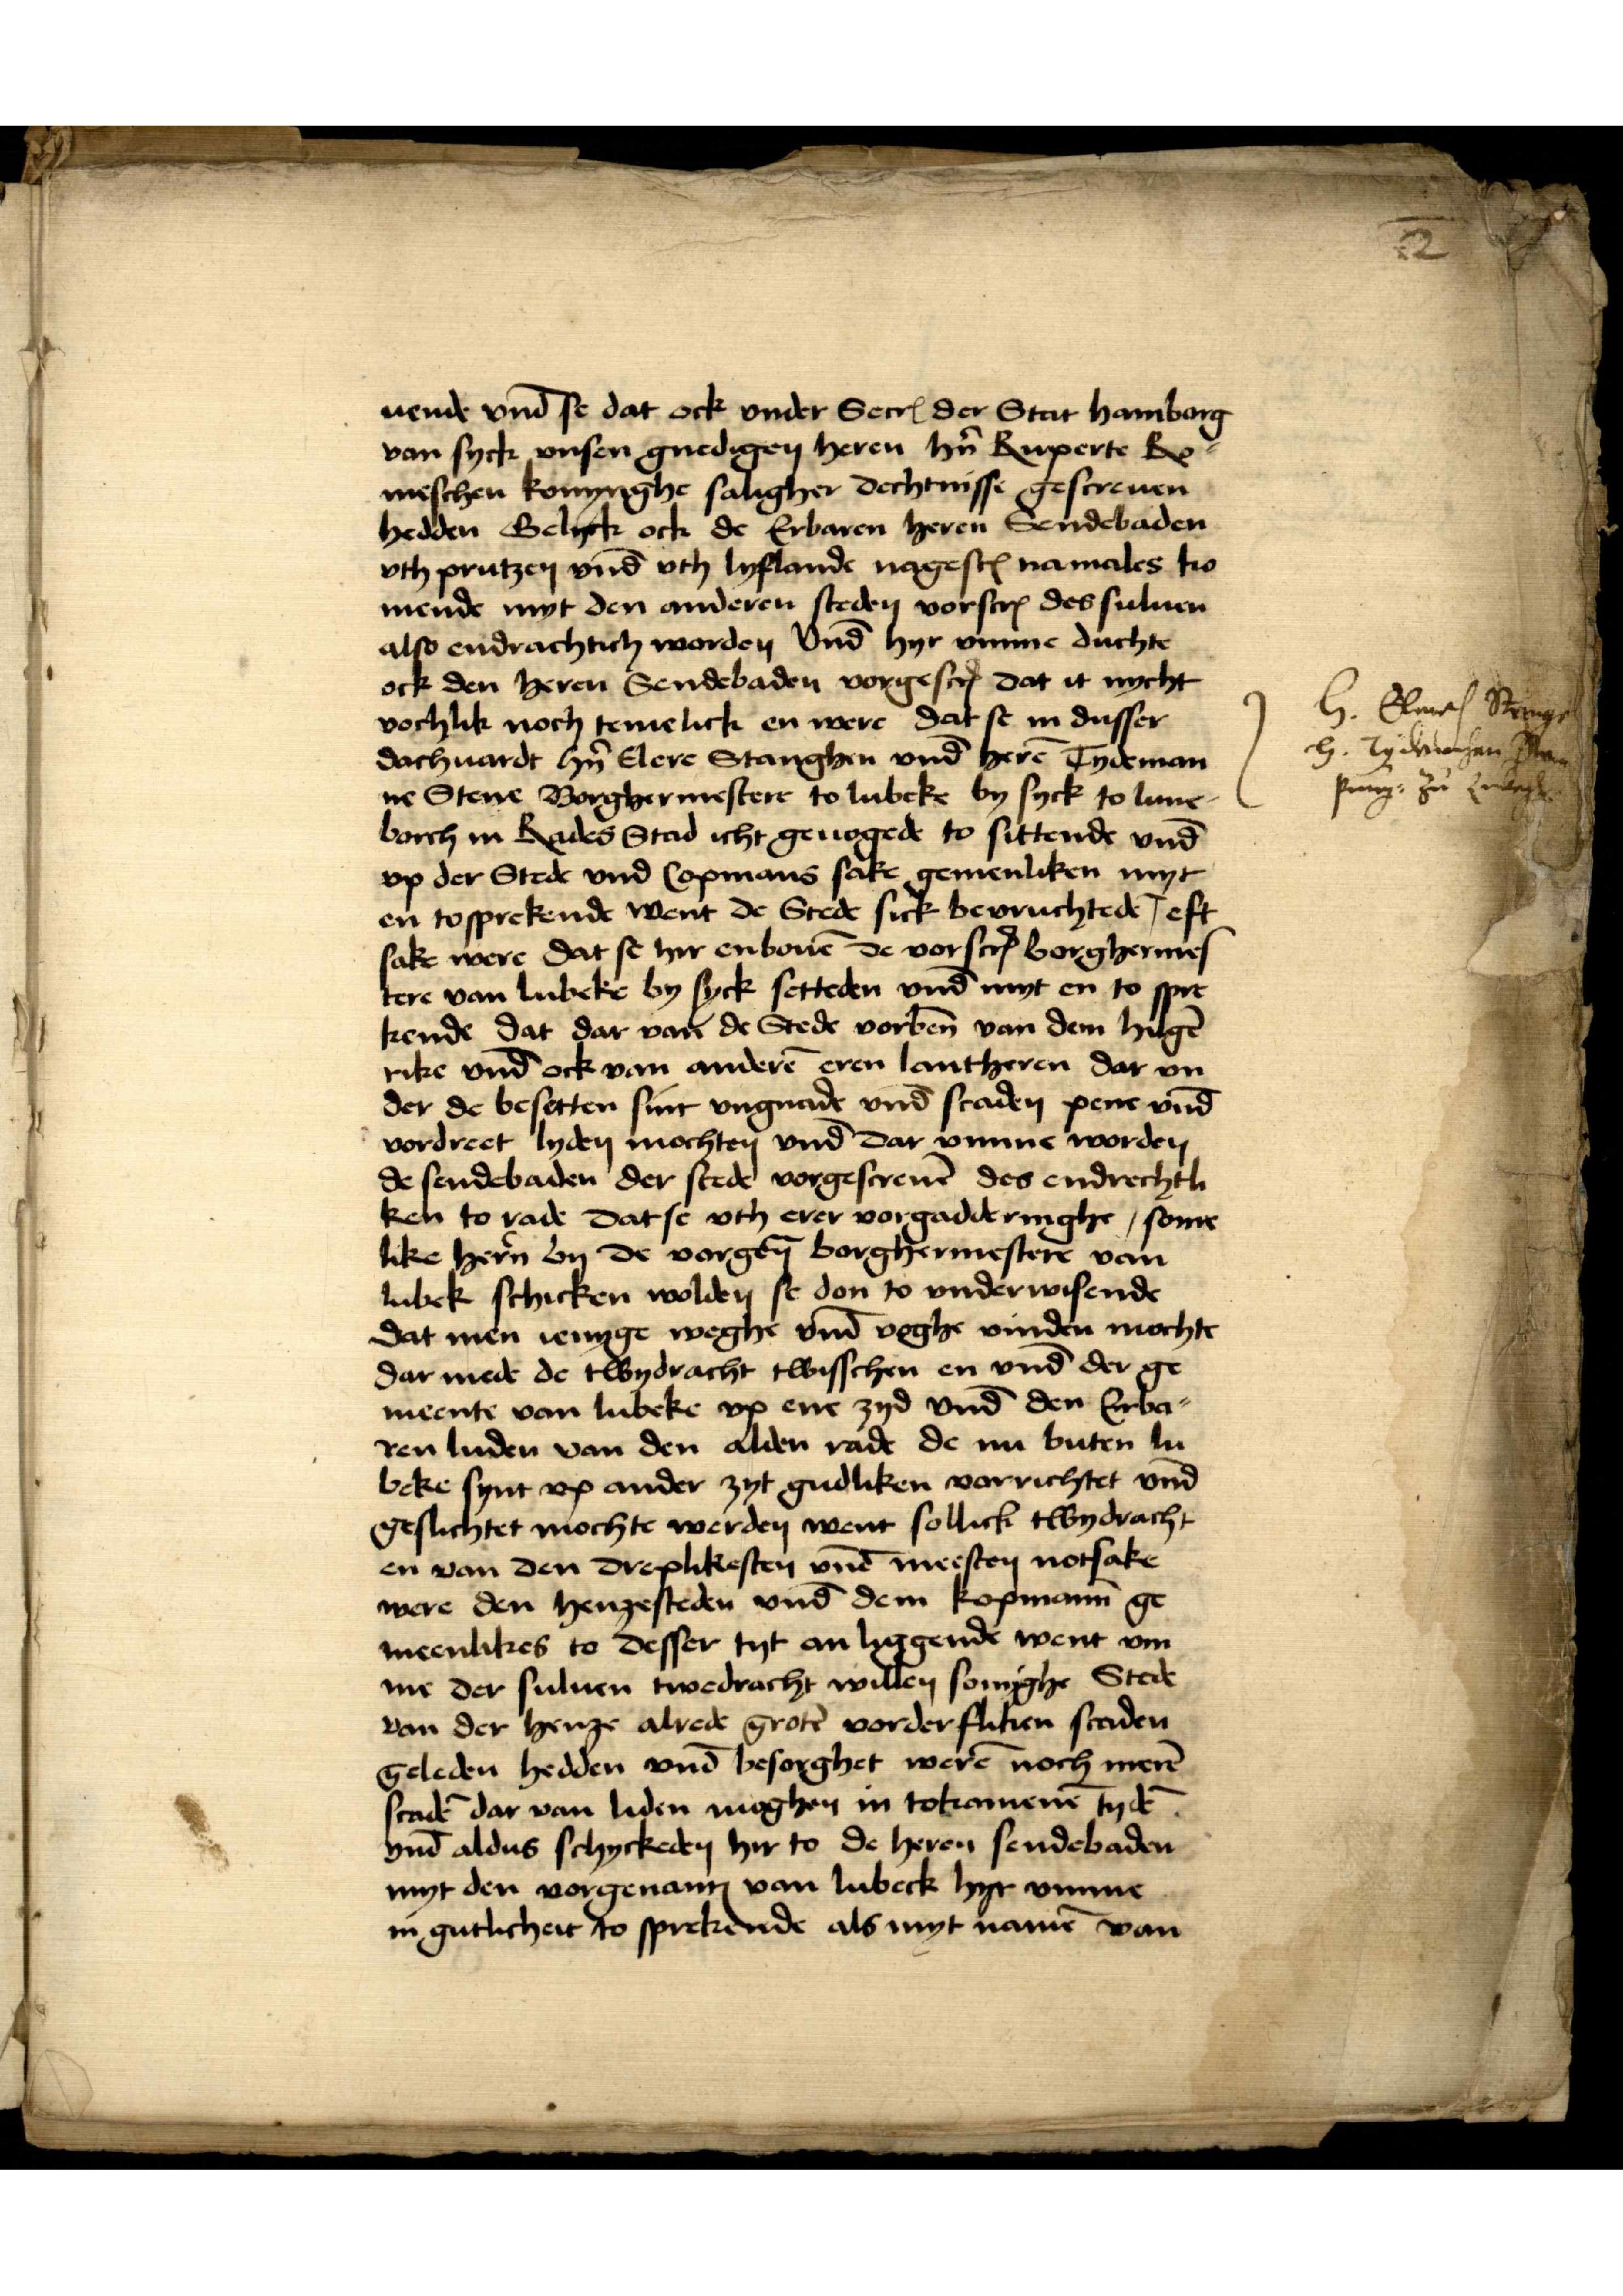
uende vnd̄ se dat ock vnder SecrꝬ der Stat Hamborg
van syck vnsen gnedigen heren hn̉ Ruperte Re¬
meschen konnynghe saligher dechtnisse gescreuen
hedden Gelyck ock de Erbaren heren Sendebaden
vth prutzen vnd̄ vt Lyflande nagescꝬ namales ko¬
mende myt den anderen steden vorscrꝬ des suluen
also endrachtic worden vnd̄ hyr vmme duchte
ock den heren Sendebaden vorgescrꝬ dat it nycht
vorhlik noch temelick en were dat se in dusser
dachuardt hn̉ Elere Stanghen vnd̄ herē Tydeman¬
ne Stene Borghermester to Lubeke by syck to Lune¬
borch in Rades Stad icht genogende to sittende vnd̄
vp der Stede vnd Copmans sake gemenliken myt
en tosprekende went de Stede sick bevruchtede | eft
sake were dat se hir enbouē de vorscrꝬ Borghermes¬
tere van Lubeke by syck setteden vnd myt en to spre¬
kende dat dar van de Stede vorben̄ van dem hilgē
rike vnd̄ ock van anderē eren lantheren dar vn¬
der de besetten sint vngnade vnd̄ scaden pene vnd̄
vordreet lyden mochten vnd dar vmme worden
de sendebaden der stede vorgescreuē des endrechtli¬
ken to rade dat se vth erer vorggadderinghe some¬
like her̉n in de vorgen̄ borghermestere van
Lubek schicken wolden se don to vnderwisende
dat men ienyge weghe vnd̄ voghe vinden mochte
dar mede de twydracht twisschen en vnd̄ der ge¬
meente van Lubeke vp ene zyd vnd̄ den Erba¬
ren luden van den alden rade de nu buten Lub¬
beke synt vp ander zyt gudliken vorrichtet vnd̄
geslichtet mochte werden went sollick twydracht
en van den dreplikesten vnd̄ meesten notsake
were den henzesteden vnd dem kopmann ge¬
meenlikes to desser tyt an liggende went vm¬
me der suluen twedracht willen sonighe Stede
van der henze alrede grotē vorderfliken scaden
geleden hedden vnd̄ besorghet werē noch merē
scadē dar van liden moghen in tokamenē Tydē
vnd̄ aldus schyckeden hir to de heren sendebaden
myt den vorgenantꝬ van Lubeck hyr vmme
in gutlicheit to sprekende als myt namē van

2

H. Elvers Stenge
H. Tydemanhen Stene
preteg. zu Luebegk